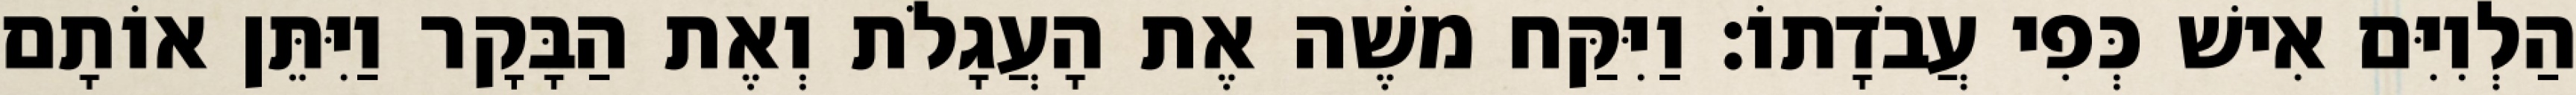
הַלְוִיִּם אִישׁ כְּפִי עֲבֹדָתוֹ׃ וַיִּקַּח משֶׁה אֶת הָעֲגָלֹת וְאֶת הַבָּקָר וַיִּתֵּן אוֹתָם